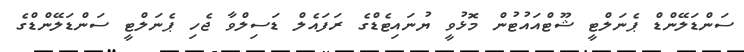
ސަންޑަލޭންޑް ޕެނަލްޓީ ޝޫޓްއައުޓުން މޮޅުވީ ޔުނައިޓެޑްގެ ރަފައެލް ޑަސިލްވާ ޖެހި ޕެނަލްޓީ ސަންޑަލޭންޑްގެ